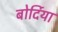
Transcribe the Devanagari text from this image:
बोर्दिया